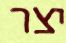
יצר